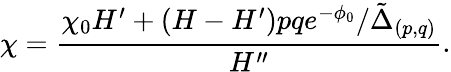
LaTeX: \chi=\frac{\chi_{0}H^{\prime}+(H-H^{\prime})pqe^{-\phi_{0}}/\tilde{\Delta}_{(p,q)}}{H^{\prime\prime}}.